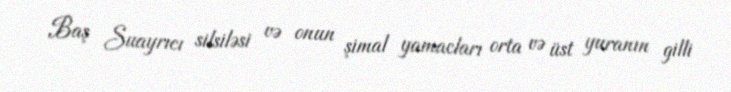
Baş Suayrıcı silsiləsi və onun şimal yamacları orta və üst yuranın gilli